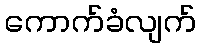
ကောက်ခံလျက်